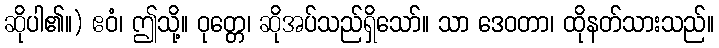
ဆိုပါ၏။) ဧဝံ၊ ဤသို့။ ဝုတ္တေ၊ ဆိုအပ်သည်ရှိသော်။ သာ ဒေဝတာ၊ ထိုနတ်သားသည်။